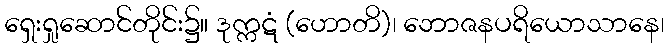
ရှေးရှုဆောင်တိုင်း၌။ ဒုက္ကဋံ (ဟောတိ)၊ ဘောဇနပရိယောသာနေ၊